Annual report of the Punjab Veterinary College and of the Civil Veterinary Department, Punjab - 1926-1932
Year: 1926
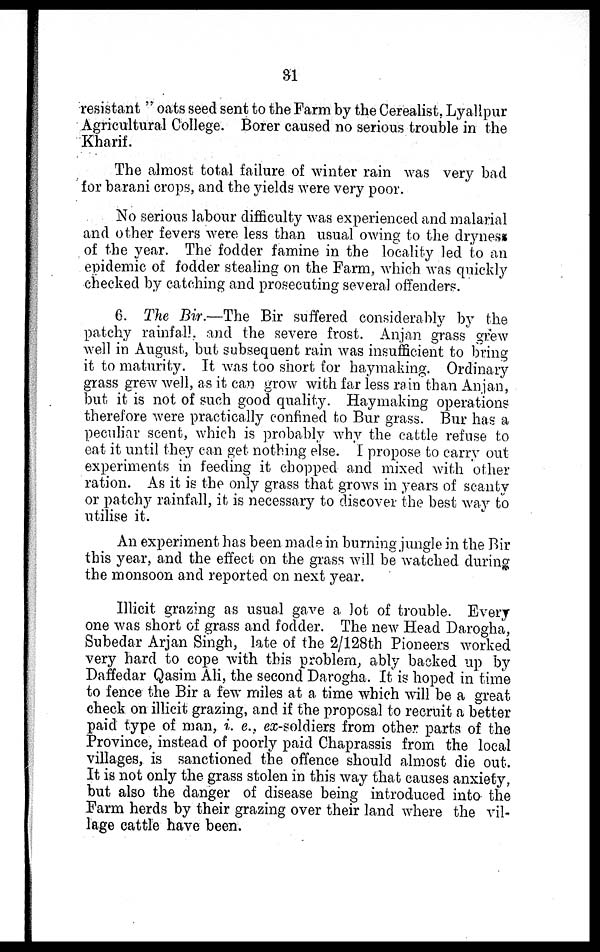
31
resistant" oats seed sent to the Farm by the Cerealist, Lyallpur
Agricultural College. Borer caused no serious trouble in the
Kharif.
The almost total failure of winter rain was very bad
for barani crops, and the yields were very poor.
No serious labour difficulty was experienced and malarial
and other fevers were less than usual owing to the dryness
of the year. The fodder famine in the locality led to an
epidemic of fodder stealing on the Farm, which was quickly
checked by catching and prosecuting several offenders.
6. The Bir.—The Bir suffered considerably by the
patchy rainfall, and the severe frost. Anjan grass grew
well in August, but subsequent rain was insufficient to bring
it to maturity. It was too short for haymaking. Ordinary
grass grew well, as it can grow with far less rain than Anjan,
but it is not of such good quality. Haymaking operations
therefore were practically confined to Bur grass. Bur has a
peculiar scent, which is probably why the cattle refuse to
eat it until they can get nothing else. I propose to carry out
experiments in feeding it chopped and mixed with other
ration. As it is the only grass that grows in years of scanty
or patchy rainfall, it is necessary to discover the best way to
utilise it.
An experiment has been made in burning jungle in the Bir
this year, and the effect on the grass will be watched during
the monsoon and reported on next year.
Illicit grazing as usual gave a lot of trouble. Every
one was short of grass and fodder. The new Head Darogha,
Subedar Arjan Singh, late of the 2/128th Pioneers worked
very hard to cope with this problem, ably backed up by
Daffedar Qasim Ali, the second Darogha. It is hoped in time
to fence the Bir a few miles at a time which will be a great
check on illicit grazing, and if the proposal to recruit a better
paid type of man, i. e., ex-soldiers from other parts of the
Province, instead of poorly paid Chaprassis from the local
villages, is sanctioned the offence should almost die out.
It is not only the grass stolen in this way that causes anxiety,
but also the danger of disease being introduced into the
Farm herds by their grazing over their land where the vil-
lage cattle have been.